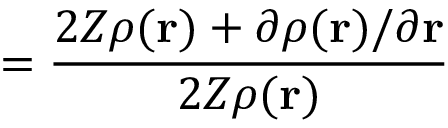
= \frac { 2 Z \rho ( \mathbf { r } ) + \partial \rho ( \mathbf { r } ) / \partial \mathbf { r } } { 2 Z \rho ( \mathbf { r } ) }